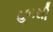
હબસી